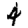
Digit: 4